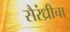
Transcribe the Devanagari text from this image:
सैरंध्रीचा